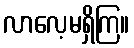
လာလေ့မရှိကြ။